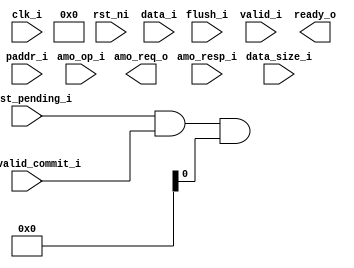
module amo_buffer (
	clk_i,
	rst_ni,
	flush_i,
	valid_i,
	ready_o,
	amo_op_i,
	paddr_i,
	data_i,
	data_size_i,
	amo_req_o,
	amo_resp_i,
	amo_valid_commit_i,
	no_st_pending_i
);
	input wire clk_i;
	input wire rst_ni;
	input wire flush_i;
	input wire valid_i;
	output wire ready_o;
	input wire [3:0] amo_op_i;
	localparam cva6_config_pkg_CVA6ConfigXlen = 32;
	localparam riscv_XLEN = cva6_config_pkg_CVA6ConfigXlen;
	localparam riscv_PLEN = 34;
	input wire [33:0] paddr_i;
	input wire [31:0] data_i;
	input wire [1:0] data_size_i;
	output wire [134:0] amo_req_o;
	input wire [64:0] amo_resp_i;
	input wire amo_valid_commit_i;
	input wire no_st_pending_i;
	wire flush_amo_buffer;
	wire amo_valid;
	wire [71:0] amo_data_in;
	wire [71:0] amo_data_out;
	assign amo_req_o[134] = (no_st_pending_i & amo_valid_commit_i) & amo_valid;
	assign amo_req_o[133-:4] = amo_data_out[71-:4];
	assign amo_req_o[129-:2] = amo_data_out[1-:2];
	assign amo_req_o[127-:64] = {{30 {1'b0}}, amo_data_out[67-:34]};
	assign amo_req_o[63-:64] = {{32 {1'b0}}, amo_data_out[33-:32]};
	assign amo_data_in[71-:4] = amo_op_i;
	assign amo_data_in[33-:32] = data_i;
	assign amo_data_in[67-:34] = paddr_i;
	assign amo_data_in[1-:2] = data_size_i;
	assign flush_amo_buffer = flush_i & !amo_valid_commit_i;
	// fifo_v3_4F30F_AEF03 #(
	// 	.dtype_riscv_PLEN(riscv_PLEN),
	// 	.dtype_riscv_XLEN(riscv_XLEN),
	// 	.DEPTH(1)
	// ) i_amo_fifo(
	// 	.clk_i(clk_i),
	// 	.rst_ni(rst_ni),
	// 	.flush_i(flush_amo_buffer),
	// 	.testmode_i(1'b0),
	// 	.full_o(amo_valid),
	// 	.empty_o(ready_o),
	// 	.usage_o(),
	// 	.data_i(amo_data_in),
	// 	.push_i(valid_i),
	// 	.data_o(amo_data_out),
	// 	.pop_i(amo_resp_i[64])
	// );
endmodule